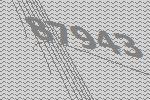
87943